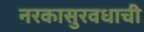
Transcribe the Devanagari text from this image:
नरकासुरवधाची